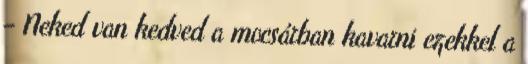
– Neked van kedved a mocsárban kavarni ezekkel a